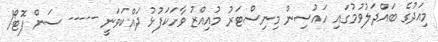
މިއަދުގެ ބައްދަލުވުމުގައި ހައުސިން މިނިސްޓަރު މުއިއްޒު ވާހަކަފުޅު ދައްކަވަނީ ----- ސަން ފޮޓޯ/